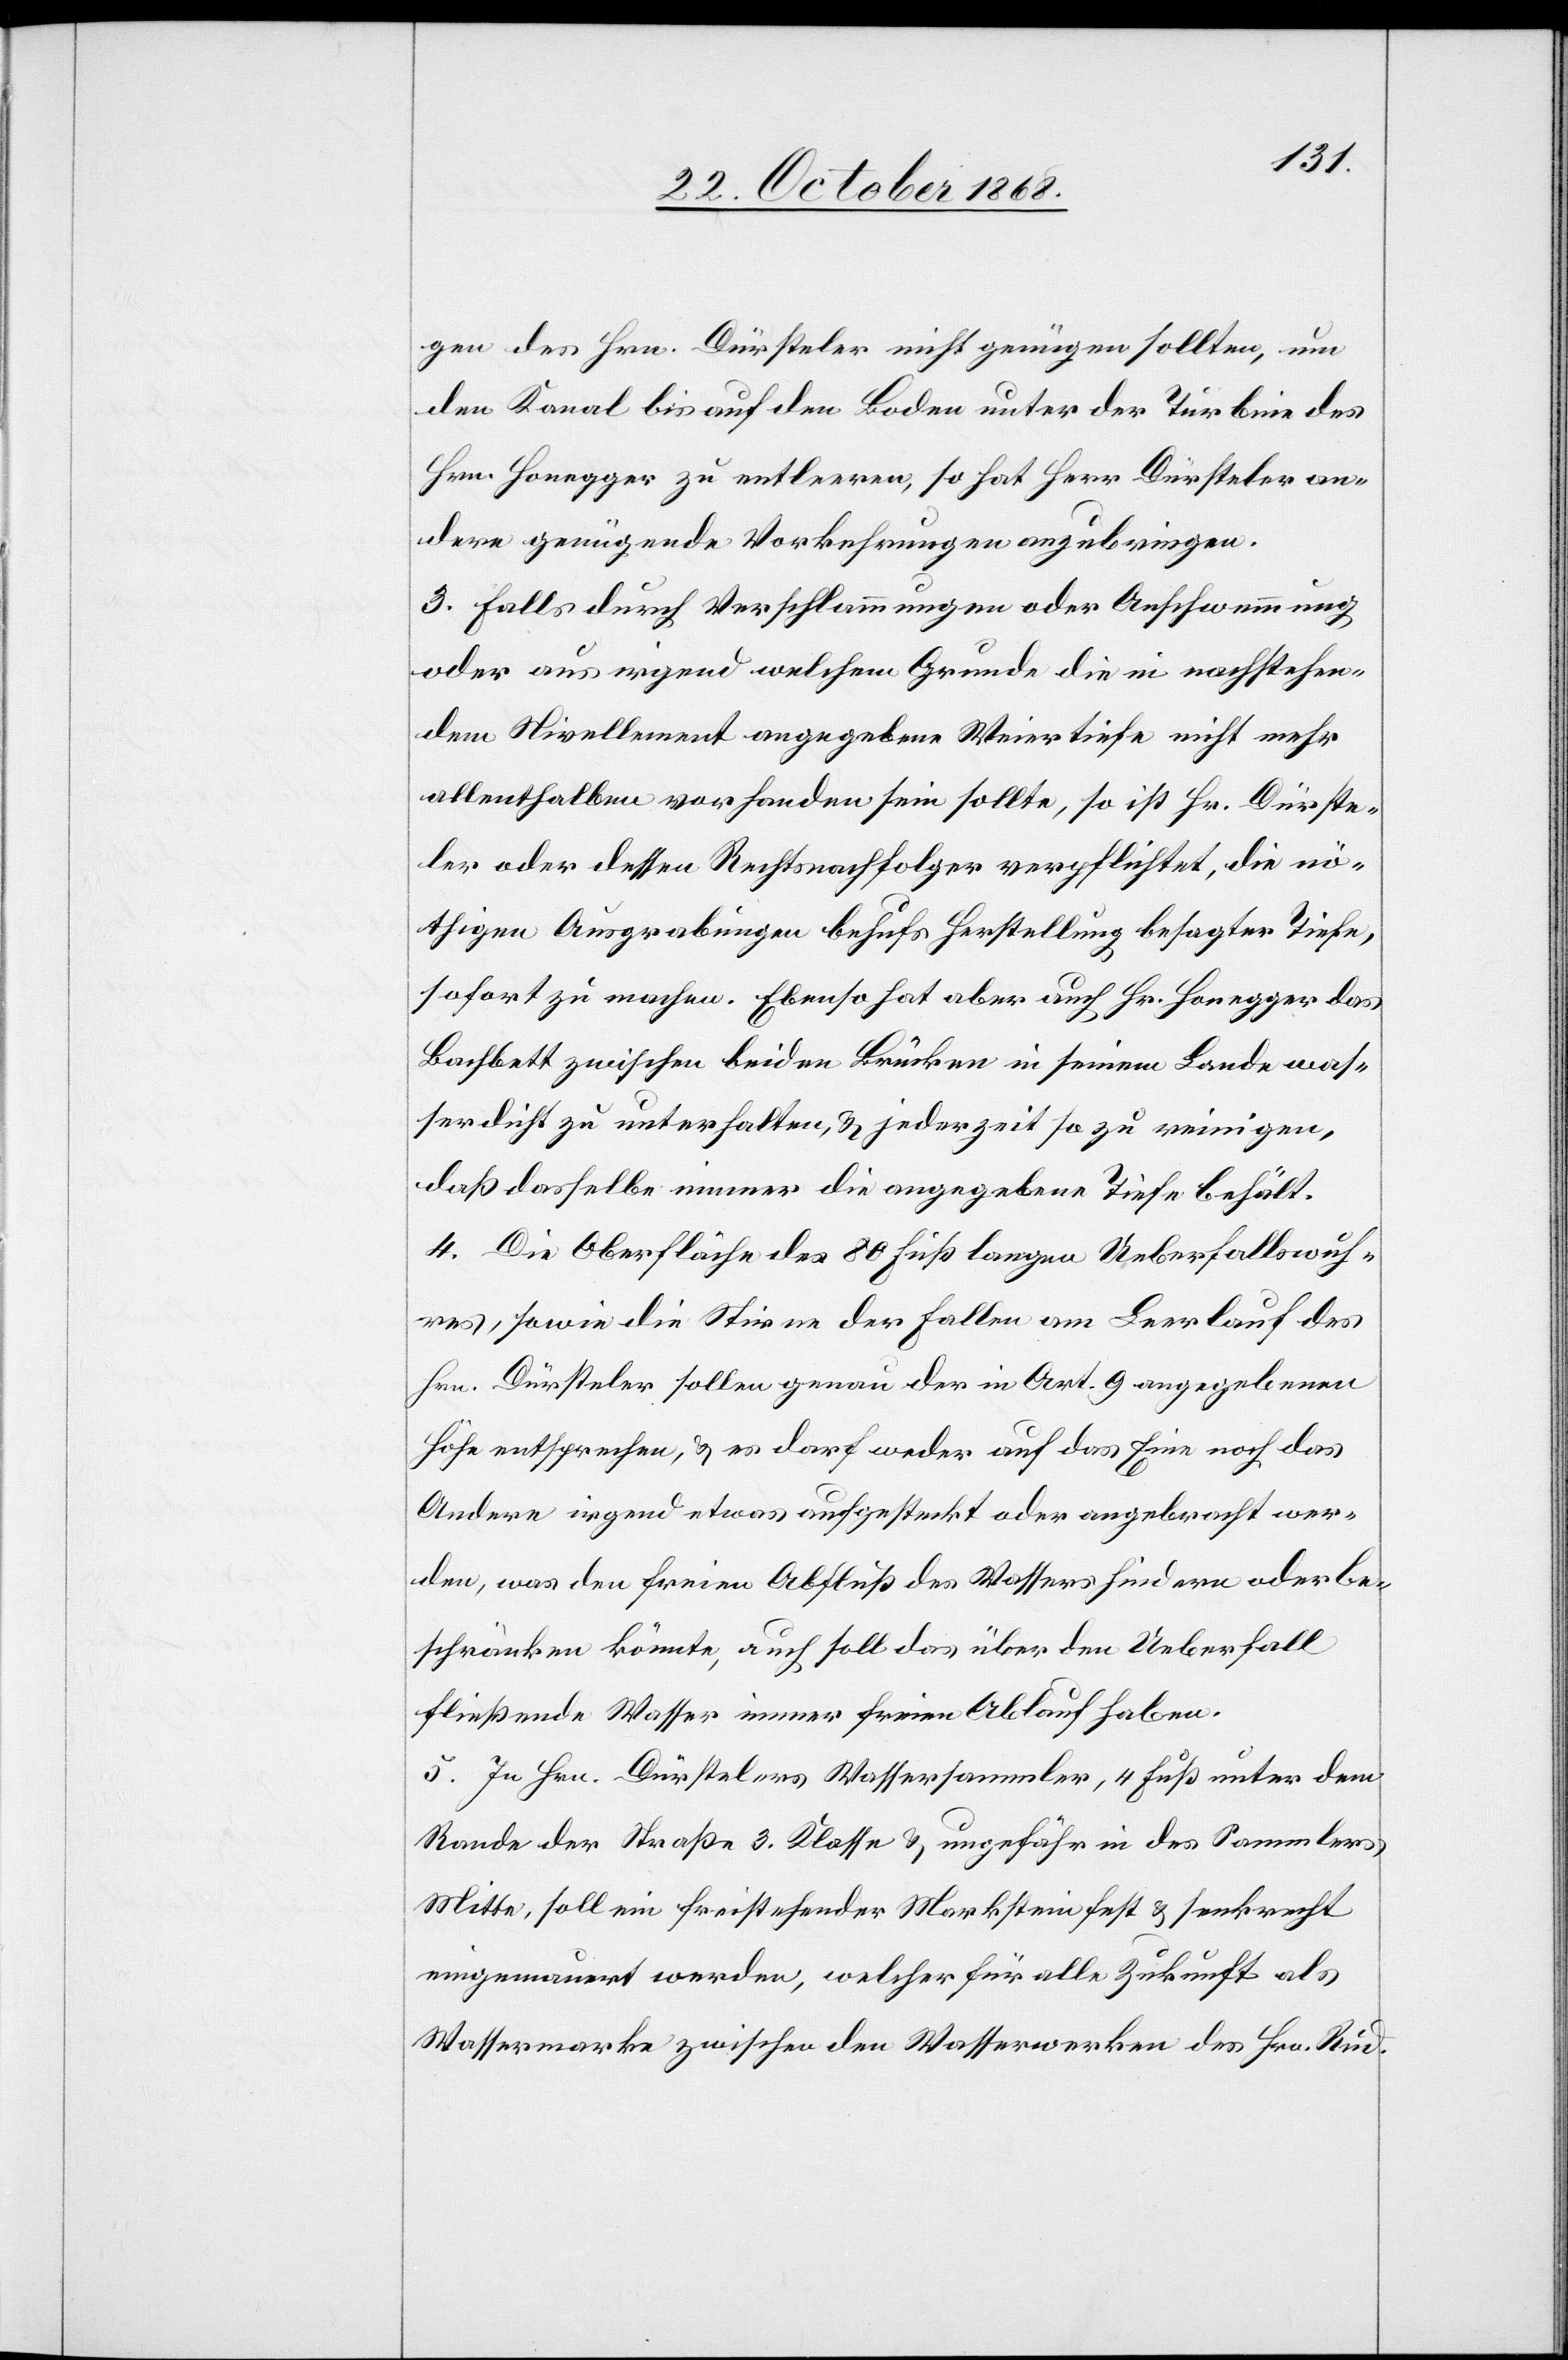
gen des Hrn. Dürsteler nicht genügen sollten, um
den Kanal bis auf den Boden unter der Turbine des
Hrn. Honegger zu entleeren, so hat Herr Dürsteler an¬
dere genügende Vorkehrungen anzubringen.
3. Falls durch Verschlammungen oder Anschwemmung
oder aus irgend welchem Grunde die in nachstehen¬
dem Nivellement angegebene Weiertiefe nicht mehr
allenthalben vorhanden sein sollte, so ist Hr. Dürste¬
ler oder dessen Rechtsnachfolger verpflichtet, die nö¬
thigen Ausgrabungen behufs Herstellung besagter Tiefe,
sofort zu machen. Ebenso hat aber auch Hr. Honegger das
Bachbett zwischen beiden Brücken in seinem Lande was¬
serdicht zu unterhalten, & jederzeit so zu reinigen,
daß dasselbe immer die angegebene Tiefe behält.
4. Die Oberfläche des 80 Fuß langen Ueberfallswuh¬
res, sowie die Stirne der Fallen am Leerlauf des
Hrn. Dürsteler sollen genau der in Art. 9 angegebenen
Höhe entsprechen, & es darf weder auf das Eine noch das
Andere irgend etwas aufgesteckt oder angebracht wer¬
den, was den freien Abfluß des Wassers hindern oder be¬
schränken könnte, auch soll das über den Ueberfall
fließende Wasser immer freien Ablauf haben.
5. In Hrn. Dürstelers Wassersammler, 4 Fuß unter dem
Rande der Straße 3. Klasse & ungefähr in des Sammlers
Mitte, soll ein freistehender Markstein fest & senkrecht
eingemauert werden, welcher für alle Zukunft als
Wassermarke zwischen den Wasserwerken des Hrn. Rud.